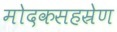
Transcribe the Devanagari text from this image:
मोदकसहस्रेण